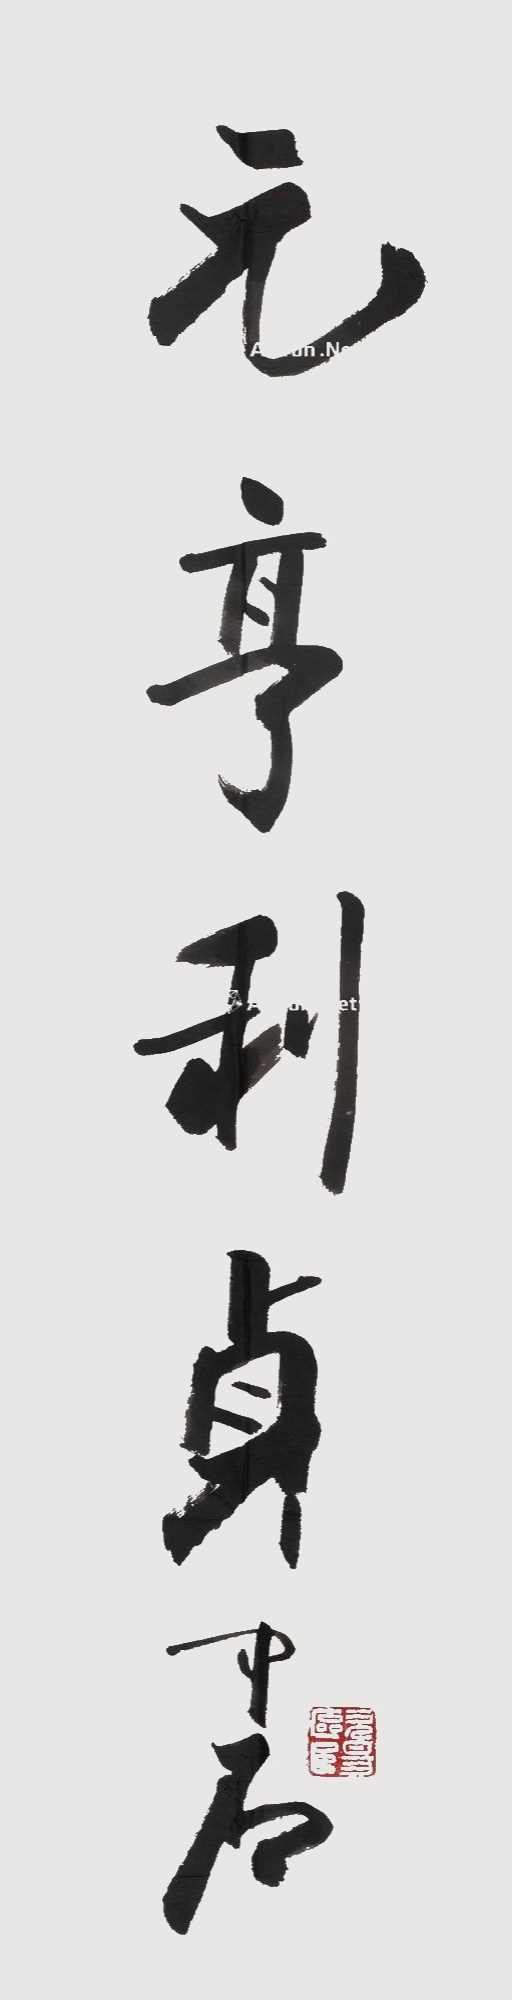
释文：元亨利贞。中石。